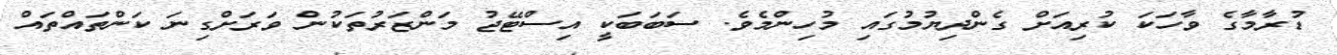
ޑުރާމާގެ ވާހަކަ ކުރިއަށް ގެންދިޔުމުގައި މުހިންމެވެ. ސަބަބަކީ އިސްޓޭޖު މަންޒަރުތަކުން ވަރަށްގިނަ ކަންތައްތައް